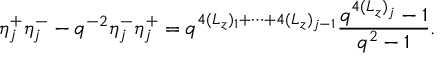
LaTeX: \eta _ { j } ^ { + } \eta _ { j } ^ { - } - q ^ { - 2 } \eta _ { j } ^ { - } \eta _ { j } ^ { + } = q ^ { 4 ( L _ { z } ) _ { 1 } + \cdots + 4 ( L _ { z } ) _ { j - 1 } } \frac { q ^ { 4 ( L _ { z } ) _ { j } } - 1 } { q ^ { 2 } - 1 } .